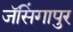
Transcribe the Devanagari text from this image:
जॅसिंगापुर